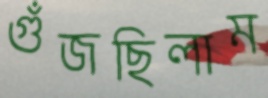
গুঁজছিলাম